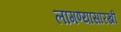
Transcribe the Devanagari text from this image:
लागण्यासारखी